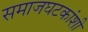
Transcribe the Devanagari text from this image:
समाजघटकांशी